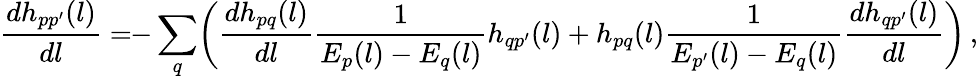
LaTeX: \frac{dh_{pp^{\prime}}(l)}{dl}=\! \! -\sum_{q}\! \left(\frac{dh_{pq}(l)}{dl}\frac{1}{E_{p}(l)-E_{q}(l)}h_{qp^{\prime}}(l)+h_{pq}(l)\frac{1}{E_{p^{\prime}}(l)-E_{q}(l)}\frac{dh_{qp^{\prime}}(l)}{dl}\right)\, ,